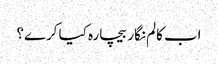
اب کالم نگار بیچارہ کیا کرے؟